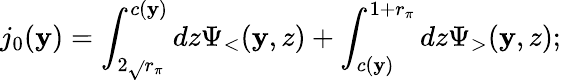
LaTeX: j_{0}(\mathbf{y})=\int_{2\sqrt{}{{r_{\pi}}}}^{c(\mathbf{y})}dz\Psi_{<}(\mathbf{y},z)+\int_{c(\mathbf{y})}^{1+r_{\pi}}dz\Psi_{>}(\mathbf{y},z);